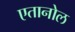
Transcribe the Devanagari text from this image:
एतानोल